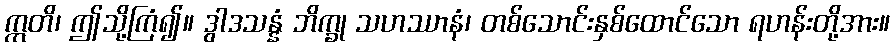
ဣတိ၊ ဤသို့ကြံ၍။ ဒွါဒသန္နံ ဘိက္ခု သဟဿာနံ၊ တစ်သောင်းနှစ်ထောင်သော ရဟန်းတို့အား။